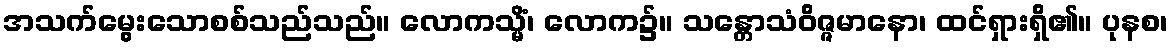
အသက်မွေးသောစစ်သည်သည်။ လောကသ္မိံ၊ လောက၌။ သန္တောသံဝိဇ္ဇမာနော၊ ထင်ရှားရှိ၏။ ပုနစ၊